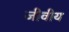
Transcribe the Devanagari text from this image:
जीवीय